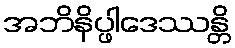
အဘိနိပ္ဖါဒေဿန္တိ